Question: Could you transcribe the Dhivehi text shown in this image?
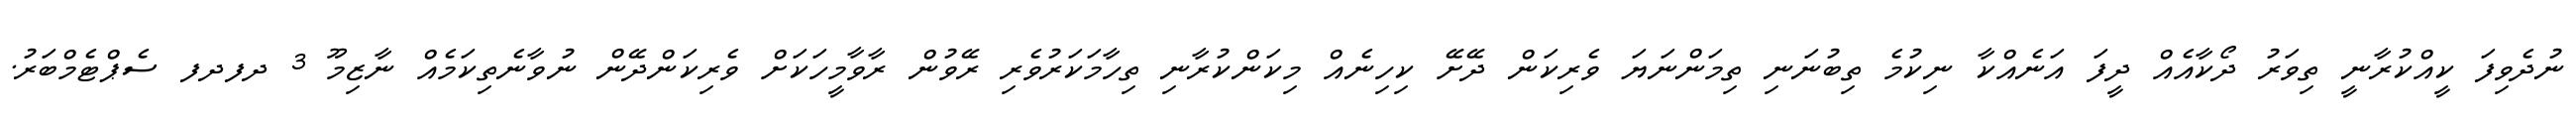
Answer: ނުދެވިފަ ކީއްކުރާނީ ތިވަރު ދޯކާއެއް ދީފަ އަނެއްކާ ނިކުމެ ތިބުނަނި ތިމަންނަޔަ ވެރިކަން ދޭށޭ ކިހިނެއް މިކަންކުރާނި ތިހާމަކަރުވެރި ރޭވުން ރާވާމީހަކަށް ވެރިކަންދޭން ނުވާނެތިކަމެއް ނާޒިމޫ 3 ދފދފ ސެޕްޓެމްބަރު.